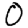
Digit: 0